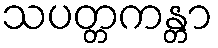
သပတ္တကန္တာ